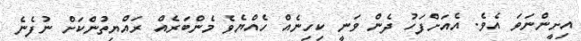
އިށީންނަވަ އެވެ. އެއަށްފަހު ދެން ވަނީ ކިހިނެއް ހެއްޔެވެ މެންބަރެއް ރައްޔިތުންކަށް ނުފެނެ